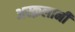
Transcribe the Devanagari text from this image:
अस्क़लानी